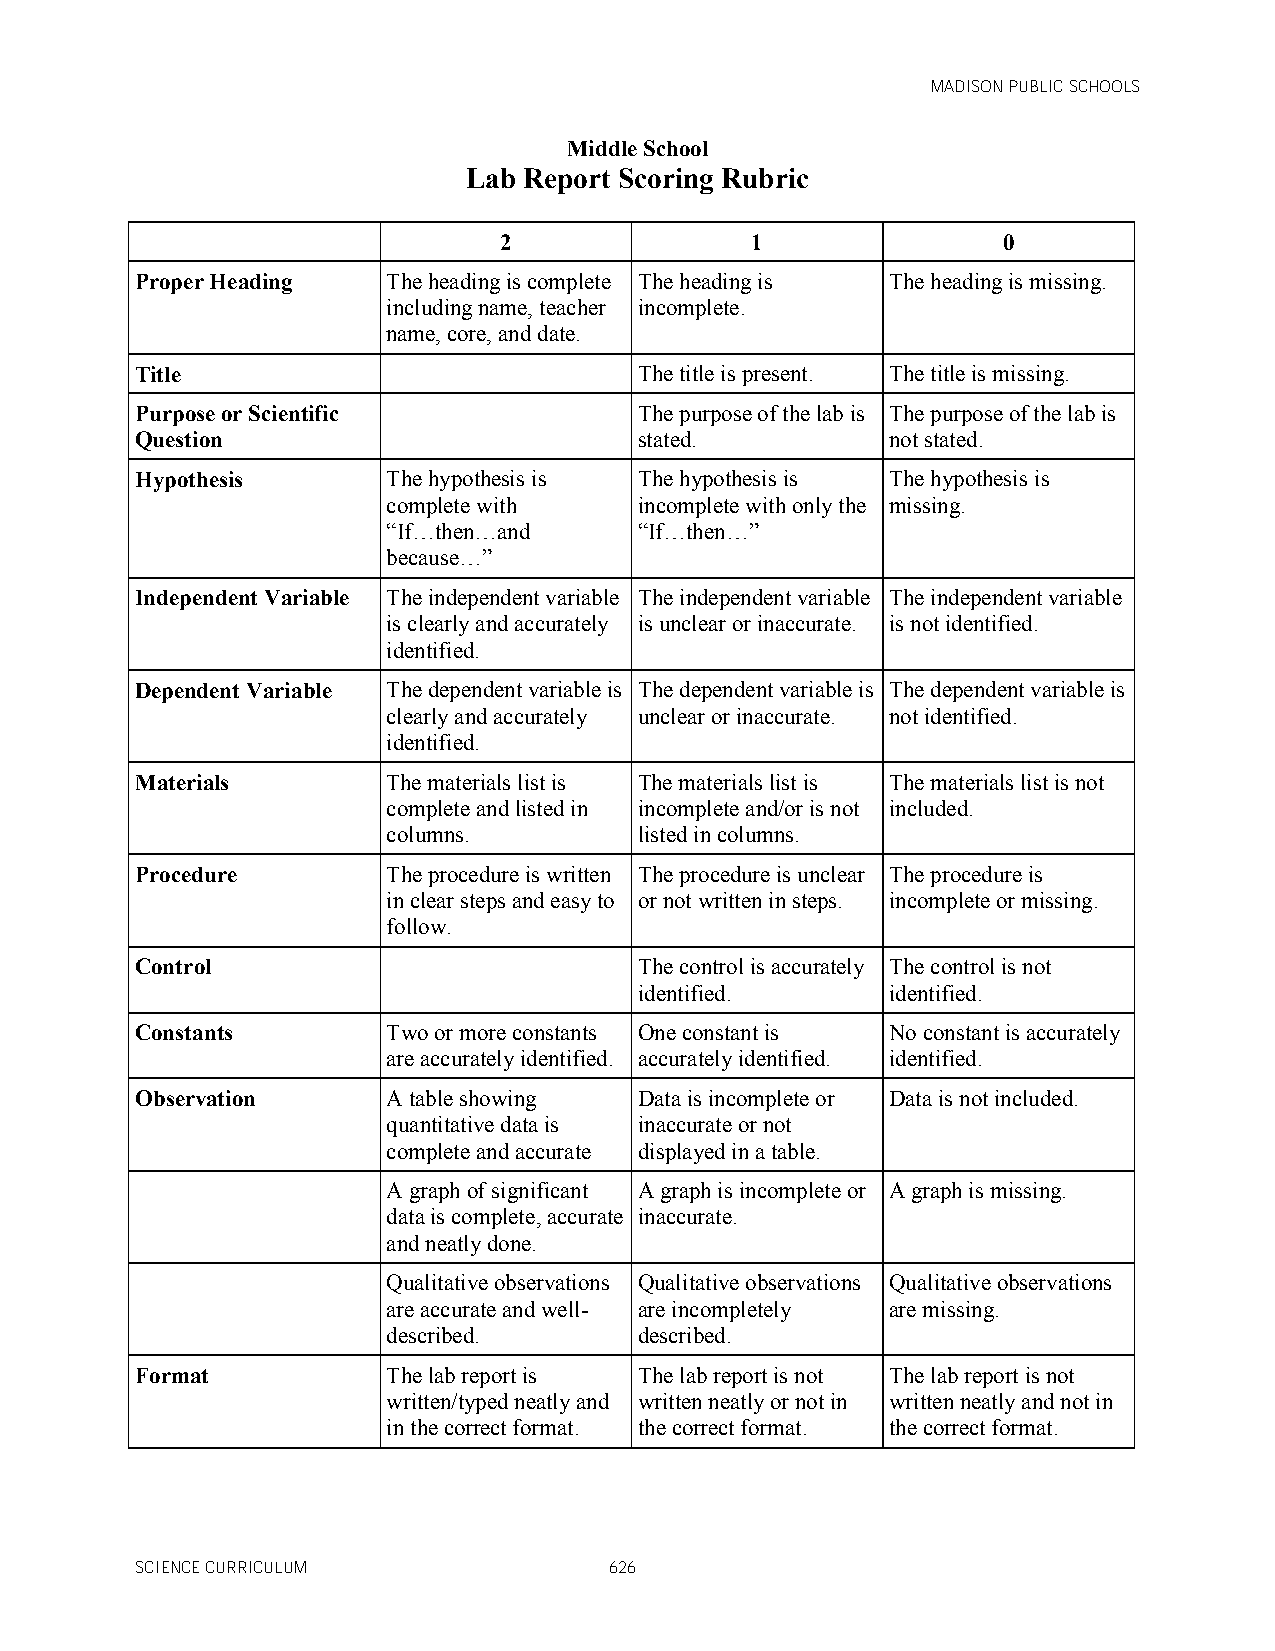
MADISON PUBLIC SCHOOLS
 Middle School
 Lab Report Scoring Rubric
 2                1               0
 Proper Heading   The heading is complete The heading is The heading is missing.
 including name, teacher incomplete.
 name, core, and date.
 Title                            The title is present. The title is missing.
 Purpose or Scientific            The purpose of the lab is The purpose of the lab is
 Question                         stated.          not stated.
 Hypothesis       The hypothesis is The hypothesis is The hypothesis is
 complete with   incomplete with only the missing.
 “If…then…and    “If…then…”
 because…”
 Independent Variable The independent variable The independent variable The independent variable
 is clearly and accurately is unclear or inaccurate. is not identified.
 identified.
 Dependent Variable The dependent variable is The dependent variable is The dependent variable is
 clearly and accurately unclear or inaccurate. not identified.
 identified.
 Materials        The materials list is The materials list is The materials list is not
 complete and listed in incomplete and/or is not included.
 columns.        listed in columns.
 Procedure        The procedure is written The procedure is unclear The procedure is
 in clear steps and easy to or not written in steps. incomplete or missing.
 follow.
 Control                          The control is accurately The control is not
 identified.      identified.
 Constants        Two or more constants One constant is No constant is accurately
 are accurately identified. accurately identified. identified.
 Observation      A table showing Data is incomplete or Data is not included.
 quantitative data is inaccurate or not
 complete and accurate displayed in a table.
 A graph of significant A graph is incomplete or A graph is missing.
 data is complete, accurate inaccurate.
 and neatly done.
 Qualitative observations Qualitative observations Qualitative observations
 are accurate and well- are incompletely are missing.
 described.      described.
 Format           The lab report is The lab report is not The lab report is not
 written/typed neatly and written neatly or not in written neatly and not in
 in the correct format. the correct format. the correct format.
 SCIENCE CURRICULUM             626